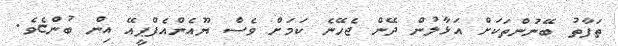
ތަފާތު ބޭނުންތަކަށް އަޅާލުން ދޭން ޖެހޭނެ ކަމަށް ވެސް ޔޫއެންއެފްޕީއޭ އިން ބުންޏެވެ.